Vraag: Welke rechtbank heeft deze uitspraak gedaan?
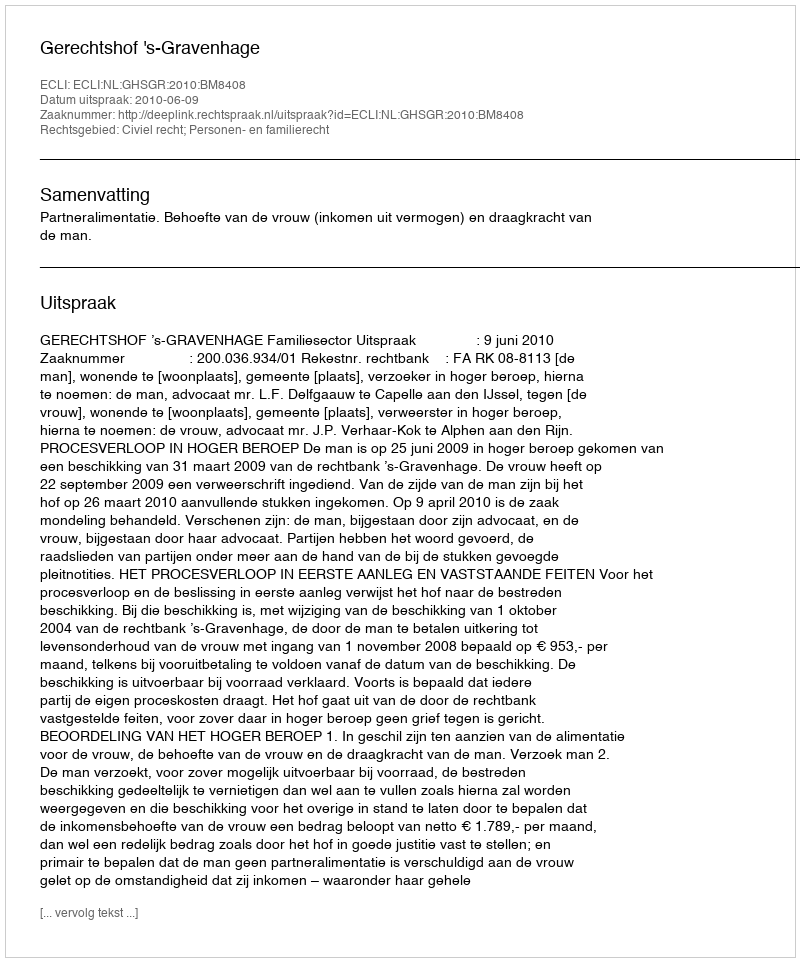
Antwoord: Gerechtshof 's-Gravenhage